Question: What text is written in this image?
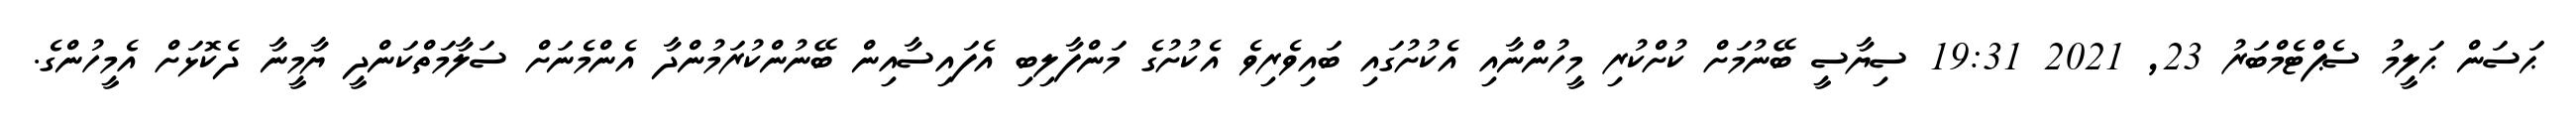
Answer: ޙަސަން ޙަލީމު ސެޕްޓެމްބަރު 23, 2021 19:31 ސިޔާސީ ބޭނުމަށް ކުށްކުރި މީހުންނާއި އެކުށުގައި ބައިވެރިވެ އެކުށުގެ މަންފާލިބި އެފައިސާއިން ބޭނުންކުރަމުންދާ އެންމެނަށް ސަލާމަތްކަންދީ ޔާމީނާ ދެކޮޅަށް އެމީހުންގެ.